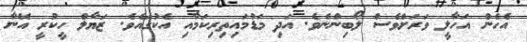
އެހެން އަހާލީ ވަރަށްވެސް ލޯބިންނެވެ. އަދި މަޑުމައިތިރިކަމާއި އެކުގައެވެ. ޒަޔާލް ހީކުރީ އޭނާ